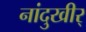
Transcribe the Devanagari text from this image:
नांदुखीर्